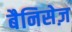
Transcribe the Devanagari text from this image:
बैनिसेज़